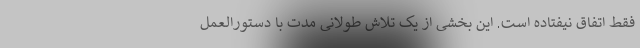
فقط اتفاق نیفتاده است. این بخشی از یک تلاش طولانی مدت با دستورالعمل